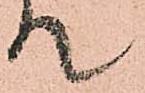
て